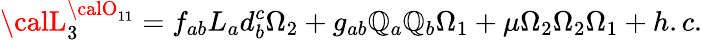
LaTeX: {\calL}_{3}^{{\calO}_{11}}=f_{ab}L_{a}d_{b}^{c}\Omega_{2}+g_{ab}\mathbb{Q}_{a}\mathbb{Q}_{b}\Omega_{1}+\mu\Omega_{2}\Omega_{2}\Omega_{1}+h.c.